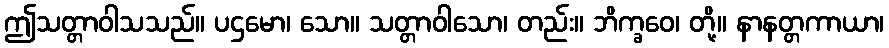
ဤသတ္တာဝါသသည်။ ပဌမော၊ သော။ သတ္တာဝါသော၊ တည်း။ ဘိက္ခဝေ၊ တို့။ နာနတ္တကာယာ၊